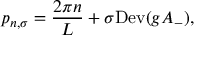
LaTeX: p _ { n , \sigma } = \frac { 2 \pi n } { L } + \sigma \mathrm { D e v } ( g A _ { - } ) ,